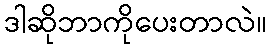
ဒါဆိုဘာကိုပေးတာလဲ။